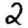
Digit: 2